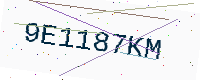
Text: 9E1187KM